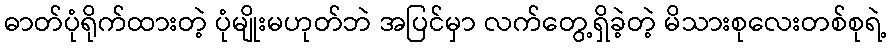
ဓာတ်ပုံရိုက်ထားတဲ့ ပုံမျိုးမဟုတ်ဘဲ အပြင်မှာ လက်တွေ့ရှိခဲ့တဲ့ မိသားစုလေးတစ်စုရဲ့